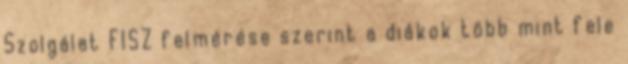
Szolgálat FISZ felmérése szerint a diákok több mint fele